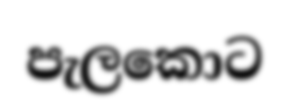
පැලකොට